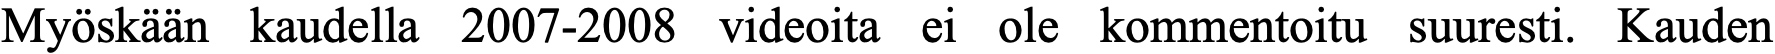
Myöskään kaudella 2007-2008 videoita ei ole kommentoitu suuresti. Kauden